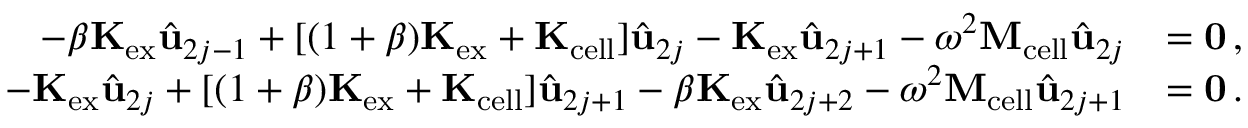
\begin{array} { r l } { - \beta \mathbf { K } _ { \mathrm { e x } } \hat { \mathbf { u } } _ { 2 j - 1 } + [ ( 1 + \beta ) \mathbf { K } _ { \mathrm { e x } } + \mathbf { K } _ { \mathrm { c e l l } } ] \hat { \mathbf { u } } _ { 2 j } - \mathbf { K } _ { \mathrm { e x } } \hat { \mathbf { u } } _ { 2 j + 1 } - \omega ^ { 2 } \mathbf { M } _ { \mathrm { c e l l } } \hat { \mathbf { u } } _ { 2 j } } & { = \mathbf { 0 } \, , } \\ { - \mathbf { K } _ { \mathrm { e x } } \hat { \mathbf { u } } _ { 2 j } + [ ( 1 + \beta ) \mathbf { K } _ { \mathrm { e x } } + \mathbf { K } _ { \mathrm { c e l l } } ] \hat { \mathbf { u } } _ { 2 j + 1 } - \beta \mathbf { K } _ { \mathrm { e x } } \hat { \mathbf { u } } _ { 2 j + 2 } - \omega ^ { 2 } \mathbf { M } _ { \mathrm { c e l l } } \hat { \mathbf { u } } _ { 2 j + 1 } } & { = \mathbf { 0 } \, . } \end{array}